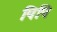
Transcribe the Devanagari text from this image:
पिपि